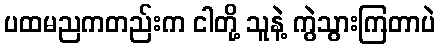
ပထမညကတည်းက ငါတို့ သူနဲ့ ကွဲသွားကြတာပဲ